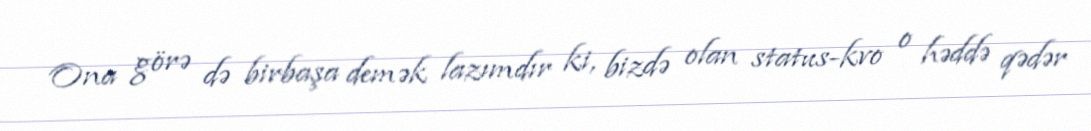
Ona görə də birbaşa demək lazımdır ki, bizdə olan status-kvo o həddə qədər